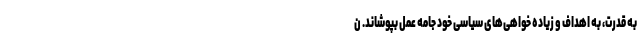
به قدرت، به اهداف و زیاده خواهی‌های سیاسی خود جامه عمل بپوشاند. ن